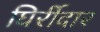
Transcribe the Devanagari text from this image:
घिर्रीदार